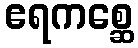
ဧရကစ္ဆေ